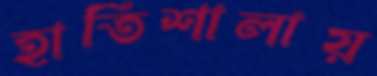
হাতিশালায়